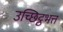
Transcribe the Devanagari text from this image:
उच्छिट्ठभत्त